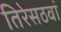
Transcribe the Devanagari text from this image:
तिरेसठवां